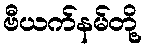
ဗီယက်နမ်တို့